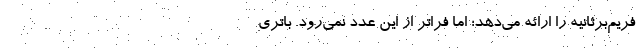
فریم‌برثانیه را ارائه می‌دهد؛ اما فراتر از این عدد نمی‌رود. باتری